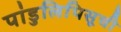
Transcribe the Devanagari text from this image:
पांडुलिपिसूची